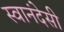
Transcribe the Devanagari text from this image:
स्वानंदेसी